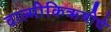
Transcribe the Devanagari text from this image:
वाल्मीकिऋषीचे